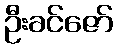
ဦးခင်ဇော်